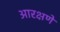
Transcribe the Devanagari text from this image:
आरक्षणें